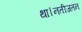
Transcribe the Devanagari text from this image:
था।नतीजतन